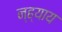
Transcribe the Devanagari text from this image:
न्ह्याय